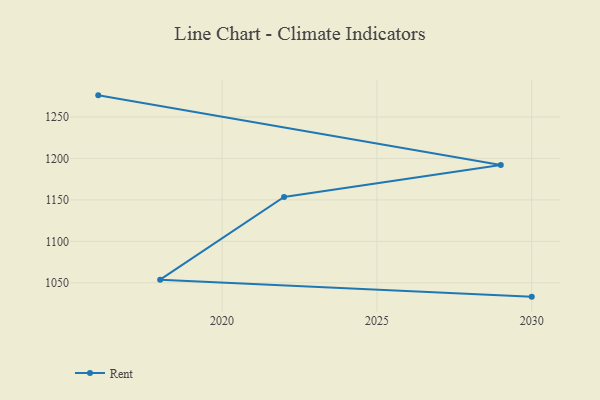
{"axis": {"x": "Year", "y": "Active Users"}, "legend": ["Rent"], "data": [{"x": "2030", "y": 1033.3, "type": "Rent"}, {"x": "2018", "y": 1053.8, "type": "Rent"}, {"x": "2022", "y": 1153.5, "type": "Rent"}, {"x": "2029", "y": 1192.1, "type": "Rent"}, {"x": "2016", "y": 1276.1, "type": "Rent"}]}